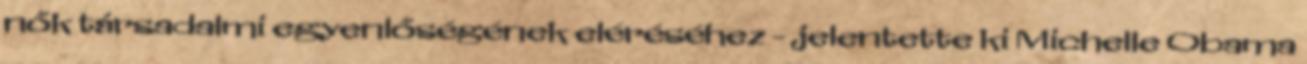
nők társadalmi egyenlőségének eléréséhez - jelentette ki Michelle Obama